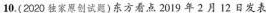
10.(2020独家原创试题)东方看点2019年2月12日发表